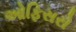
ઓફિસરો